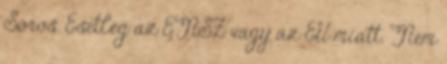
Soros. Esetleg az ENSZ vagy az EU miatt. Nem